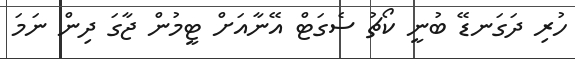
ހުރި ދަގަނޑޭ ބުނީ ކޯޗު ސެގަޓް އޭނާއަށް ޓީމުން ޖާގަ ދިން ނަމަ